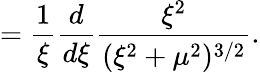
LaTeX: =\frac{1}{\xi}\frac{d}{d\xi}\frac{\xi^{2}}{(\xi^{2}+\mu^{2})^{3/2}}.